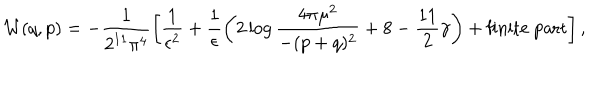
{ \cal W } ( q , p ) = - \frac { 1 } { 2 ^ { 1 1 } \pi ^ { 4 } } \left[ \frac { 1 } { \epsilon ^ { 2 } } + \frac { 1 } { \epsilon } \left( 2 \log \frac { 4 \pi \mu ^ { 2 } } { - ( p + q ) ^ { 2 } } + 8 - \frac { 1 1 } { 2 } \gamma \right) + \mathrm { f i n i t e ~ p a r t } \right] , \,